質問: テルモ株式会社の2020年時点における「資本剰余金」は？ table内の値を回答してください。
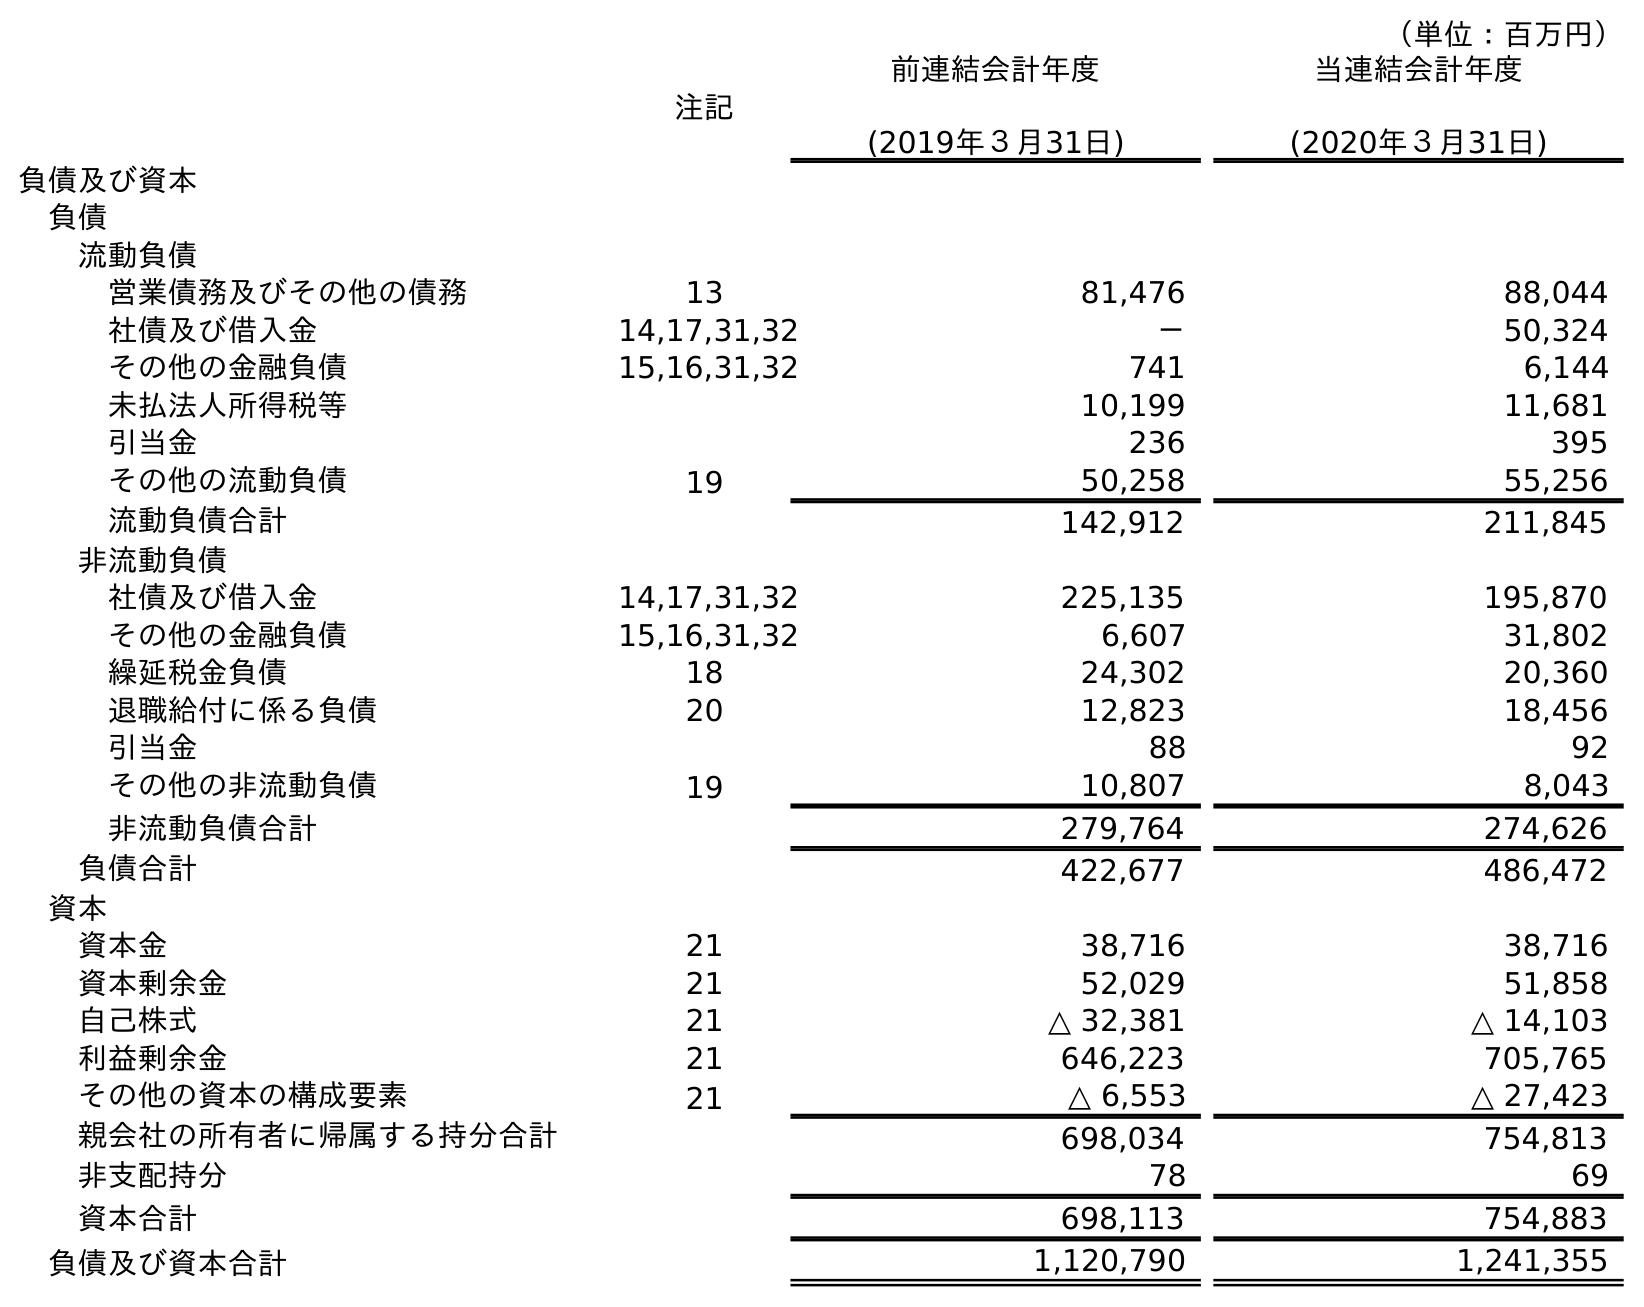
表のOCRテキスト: （単位：百万円） 注記 前連結会計年度 (2019年３月31日) 当連結会計年度 (2020年３月31日) 負債及び資本 負債 流動負債 営業債務及びその他の債務 13 81,476 88,044 社債及び借入金 14,17,31,32 － 50,324 その他の金融負債 15,16,31,32 741 6,144 未払法人所得税等 10,199 11,681 引当金 236 395 その他の流動負債 19 50,258 55,256 流動負債合計 142,912 211,845 非流動負債 社債及び借入金 14,17,31,32 225,135 195,870 その他の金融負債 15,16,31,32 6,607 31,802 繰延税金負債 18 24,302 20,360 退職給付に係る負債 20 12,823 18,456 引当金 88 92 その他の非流動負債 19 10,807 8,043 非流動負債合計 279,764 274,626 負債合計 422,677 486,472 資本 資本金 21 38,716 38,716 資本剰余金 21 52,029 51,858 自己株式 21 △ 32,381 △ 14,103 利益剰余金 21 646,223 705,765 その他の資本の構成要素 21 △ 6,553 △ 27,423 親会社の所有者に帰属する持分合計 698,034 754,813 非支配持分 78 69 資本合計 698,113 754,883 負債及び資本合計 1,120,790 1,241,355
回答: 51,858